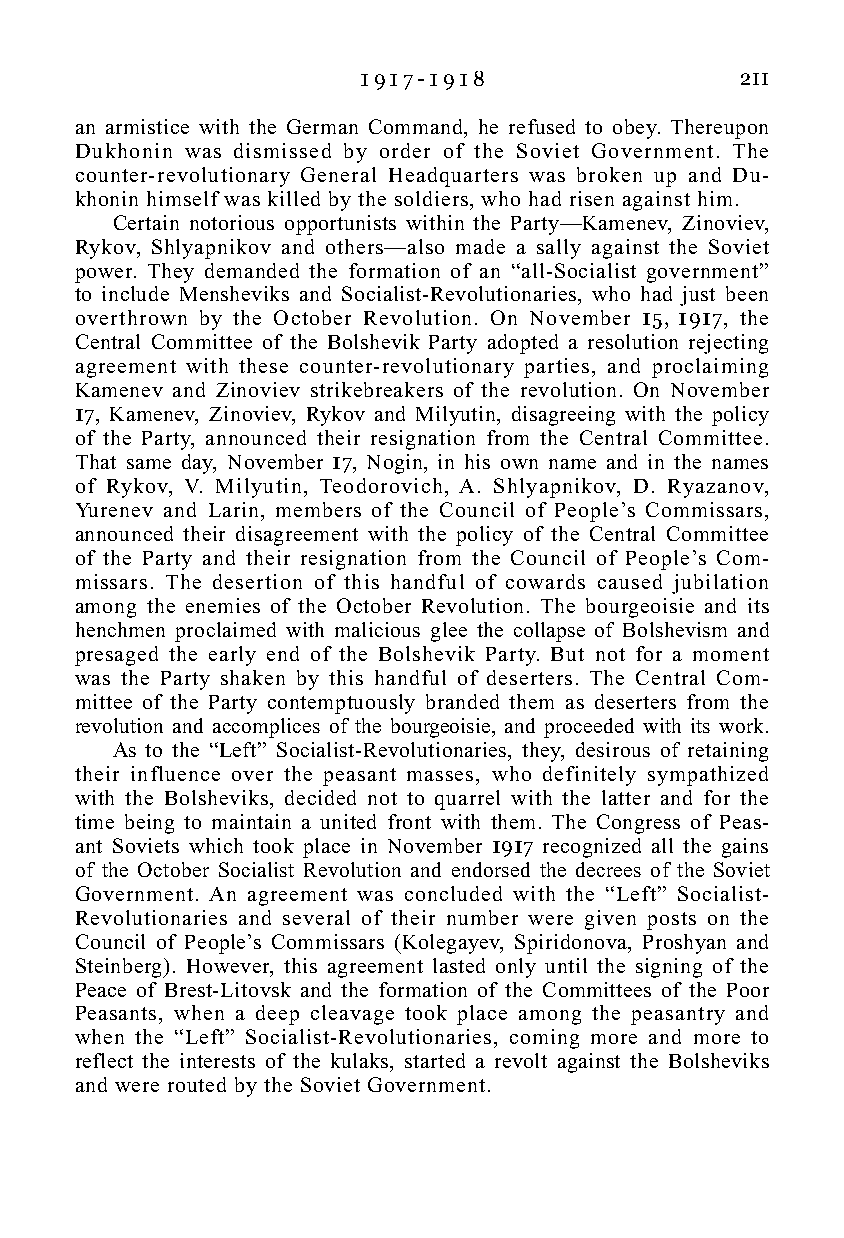
1 9 1 7 - 1 9 1 8        211
 an armistice with the German Command, he refused to obey. Thereupon
 Dukhonin was dismissed by order of the Soviet Government. The
 counter-revolutionary General Headquarters was broken up and Du-
 khonin himself was killed by the soldiers, who had risen against him.
 Certain notorious opportunists within the Party—Kamenev, Zinoviev,
 Rykov, Shlyapnikov and others—also made a sally against the Soviet
 power. They demanded the formation of an “all-Socialist government”
 to include Mensheviks and Socialist-Revolutionaries, who had just been
 overthrown by the October Revolution. On November 15, 1917, the
 Central Committee of the Bolshevik Party adopted a resolution rejecting
 agreement with these counter-revolutionary parties, and proclaiming
 Kamenev and Zinoviev strikebreakers of the revolution. On November
 17, Kamenev, Zinoviev, Rykov and Milyutin, disagreeing with the policy
 of the Party, announced their resignation from the Central Committee.
 That same day, November 17, Nogin, in his own name and in the names
 of Rykov, V. Milyutin, Teodorovich, A. Shlyapnikov, D. Ryazanov,
 Yurenev and Larin, members of the Council of People’s Commissars,
 announced their disagreement with the policy of the Central Committee
 of the Party and their resignation from the Council of People’s Com-
 missars. The desertion of this handful of cowards caused jubilation
 among the enemies of the October Revolution. The bourgeoisie and its
 henchmen proclaimed with malicious glee the collapse of Bolshevism and
 presaged the early end of the Bolshevik Party. But not for a moment
 was the Party shaken by this handful of deserters. The Central Com-
 mittee of the Party contemptuously branded them as deserters from the
 revolution and accomplices of the bourgeoisie, and proceeded with its work.
 As to the “Left” Socialist-Revolutionaries, they, desirous of retaining
 their influence over the peasant masses, who definitely sympathized
 with the Bolsheviks, decided not to quarrel with the latter and for the
 time being to maintain a united front with them. The Congress of Peas-
 ant Soviets which took place in November 1917 recognized all the gains
 of the October Socialist Revolution and endorsed the decrees of the Soviet
 Government. An agreement was concluded with the “Left” Socialist-
 Revolutionaries and several of their number were given posts on the
 Council of People’s Commissars (Kolegayev, Spiridonova, Proshyan and
 Steinberg). However, this agreement lasted only until the signing of the
 Peace of Brest-Litovsk and the formation of the Committees of the Poor
 Peasants, when a deep cleavage took place among the peasantry and
 when the “Left” Socialist-Revolutionaries, coming more and more to
 reflect the interests of the kulaks, started a revolt against the Bolsheviks
 and were routed by the Soviet Government.